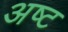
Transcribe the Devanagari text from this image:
अष्‍ट